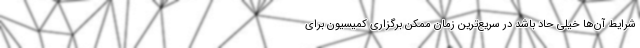
شرایط آن‌ها خیلی حاد باشد در سریع‌ترین زمان ممکن برگزاری کمیسیون برای